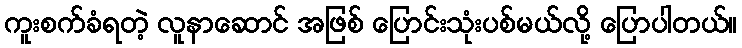
ကူးစက်ခံရတဲ့ လူနာဆောင် အဖြစ် ပြောင်းသုံးပစ်မယ်လို့ ပြောပါတယ်။